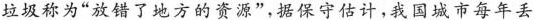
垃圾称为“放错地方的资源”，据保守估计，我国城市每年丢